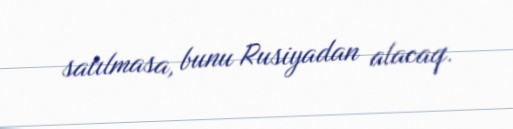
satılmasa, bunu Rusiyadan alacaq.